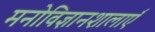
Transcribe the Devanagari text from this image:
मनोविज्ञानशालाएँ